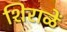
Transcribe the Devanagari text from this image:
शिराळें